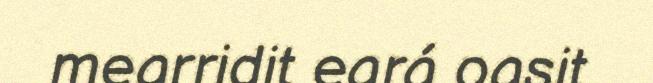
mearridit eará oasit